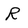
Character: R